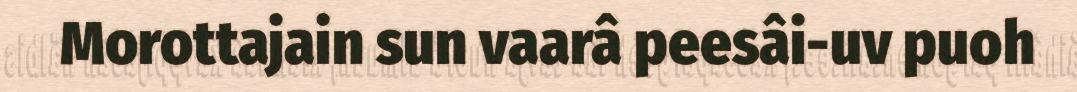
Morottajain sun vaarâ peesâi-uv puoh